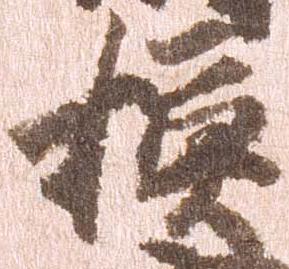
模